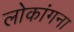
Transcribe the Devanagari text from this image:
लोकांगना